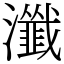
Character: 瀸